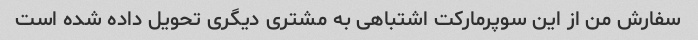
سفارش من از این سوپرمارکت اشتباهی به مشتری دیگری تحویل داده شده است